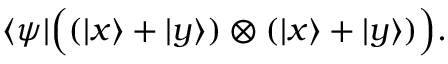
\langle \psi | { \Big ( } ( | x \rangle + | y \rangle ) \otimes ( | x \rangle + | y \rangle ) { \Big ) } .